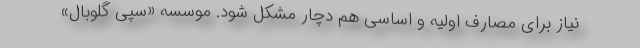
نیاز برای مصارف اولیه و اساسی هم دچار مشکل شود. موسسه «سپی گلوبال»